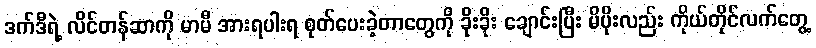
ဒက်ဒီရဲ့ လိင်တန်ဆာကို မာမီ အားရပါးရ စုတ်ပေးခဲ့တာတွေကို ခိုးခိုး ချောင်းပြီး မိပိုးလည်း ကိုယ်တိုင်လက်တွေ့